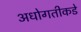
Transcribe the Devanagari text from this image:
अधोगतीकडे